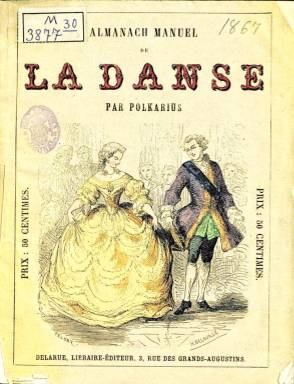
Título: Almanach manuel de la danse
Otros títulos: Danse || Almanach-manuel de la danse
Colección: Música || Almanaques
Ámbito geográfico: Francia
Lugar de publicación: Paris
Fechas: 01/01/1867-31/12/1867

En la colección de seriadas de la BNE existe otro ejemplar de 1868, que no se ha digitalizado porque el texto publicado cada año es el mismo, a excepción de la hoja primera correspondiente al calendario y que lleva como titulillo: Calendrier pour...